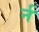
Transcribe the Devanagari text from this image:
र्न